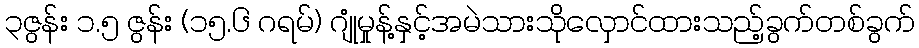
၃ဇွန်း ၁.၅ ဇွန်း (၁၅.၆ ဂရမ်) ဂျုံမှုန့်နှင့်အမဲသားသိုလှောင်ထားသည့်ခွက်တစ်ခွက်